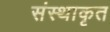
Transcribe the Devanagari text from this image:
संस्थाकृत